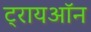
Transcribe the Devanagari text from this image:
ट्रायऑन